Civil Veterinary Department Bengal reports 1933-51 - 1933-1951
Year: 1933
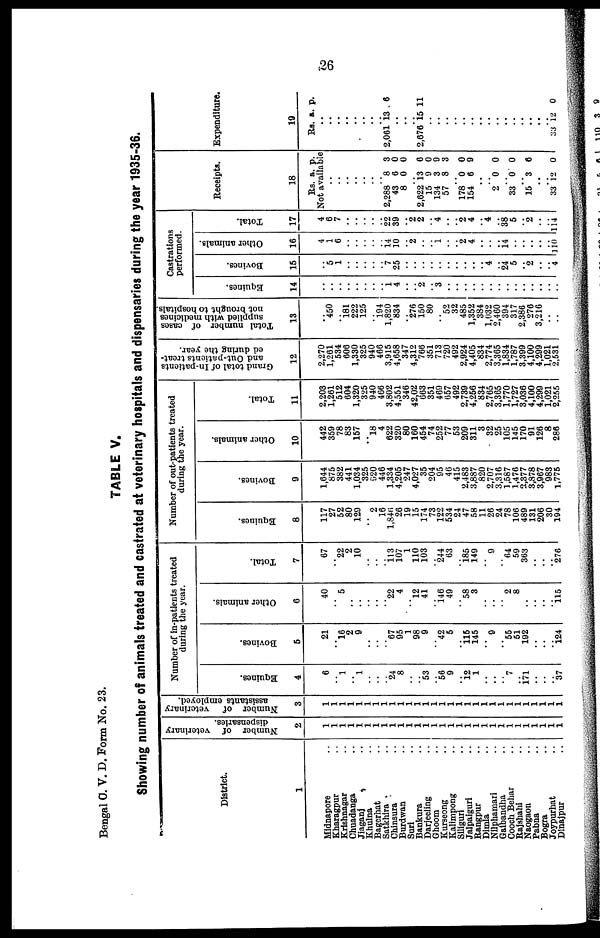
26
Bengal C. V. D. Form No. 23.
TABLE V.
Showing number of animals treated and castrated at veterinary hospitals and dispensaries during the year 1935-36.
District.
1
Midnapore ..
Kharagpur ..
Krishnagar ..
Chuadanga ..
Jiaganj
..
Khulna ..
Bagerhat ..
Satkhira ..
Chinsura ..
Burdwan ..
Suri ..
Bankura ..
Darjeeling ..
Ghoom ..
Kurseong ..
Kalimpong ..
Siliguri ..
Jalpaiguri ..
Rangpur ..
Dimla ..
Nilphamari ..
Gaibandha ..
Cooch Behar ..
Rajshahi ..
Naogaon ..
Pabna ..
Bogra ..
Joypurhat ..
Dinajpur ..
Number of veterinary
dispensaries.
2
1
1
1
1
1
1
1
1
1
1
1
1
1
1
1
1
1
1
1
1
1
1
1
1
1
1
1
1
1
Number of veterinary
assistants employed.
3
1
1
1
1
1
1
1
1
1
1
1
1
1
1
1
1
1
1
1
1
1
1
1
1
1
1
1
1
1
Number of in-patients treated
during the year.
Equines.
4
6
.. 1
.. 1
..
..
.. 24
8
..
.. 53
.. 56
9
.. 12 1
..
..
.. 7
.. 171
.. ..
..
37
Bovines.
5
21
.. 16
2
9
..
..
.. 67
95
1
98
9
.. 42
5
.. 115 145
..
9
.. 55
51
192
..
..
.. 124
Other animals.
6
40
..
5
..
..
..
..
.. 22
4
.. 12
41
.. 146
49
.. 58
3
..
..
..
2
8
..
..
..
.. 115
Total.
7
67
.. 22
2
10
..
..
.. 113
107
1
110
103
.. 244
63
.. 185
149
..
9
.. 64
59
363
..
..
.. 276
Number of out-patients treated
during the year.
Equines.
8
117
27
52
80
129
..
2
16
1,846
26
19
15
174
73
122
534
24
47
58
11
26
24
78
106
489
131
206
30
194
Bovines.
9
1,644
875
382
441
1,034
325
820
446
1,334
4,205
247
4,027
35
204
95
46
415
2,483
3,887
820
2,707
3,316
1,587
1,476
2,377
3,878
3,967
983
1,775
Other animals.
10
442
359
78
83
157
.. 18
4
622
320
80
160
454
74
252
77
53
209
311
3
32
25
105
145
170
91
126
8
286
Total.
11
2,203
1,261
512
604
1,320
325
940
466
3,802
4,551
346
42,02
663
351
469
657
492
2,739
4,256
834
2,765
3,365
1,770
1,727
3,036
4,100
4,299
1,021
2,255
Grand total of In-patients
and Out-patients treat-
ed during the year.
12
2,270
1,261
534
606
1,330
325
940
466
3,915
4,658
347
4,312
766
351
713
720
492
2,924
4,405
834
2,774
3,365
1,834
1,787
3,399
4,100
4,299
1,021
2,531
Total number of cases
supplied with medicines
not brought to hospitals.
13
.. 450
.. 181 222
125
.. 194
1,820
834
.. 276
150
80
.. 52
32
485
1,352
384
1,032
2,460
394
317
2,386
276
3,216
..
..
Castrations
performed.
Equines.
14
..
..
..
..
..
..
..
.. 1
4
..
2
.. 3
..
..
..
..
..
..
..
..
..
..
..
..
..
..
Bovines.
15
.. 5
1
..
..
..
..
.. 7
25
..
..
..
..
..
..
..
..
..
.. 4
.. 24
5
.. 2
..
.. 4
Other animals.
16
4
1
6
..
..
..
..
.. 14
10
.. 2
..
.. 1
..
.. 2
4
..
..
.. 14
..
..
..
..
..
110
Total.
17
4
6
7
..
..
..
..
.. 22
39
.. 2
2
.. 4
..
.. 2
4
.. 4
.. 38
5
.. 2
..
.. 114
Receipts.
18
Rs. a. p.
Not available
..
..
..
..
..
..
.. 2,288 8 3
43 6 0
8 0 0
.. 2,622 13 6
15 9 0
134 3 9
57 8 3
.. 178 0 0
154 6 9
..
.. 2 0 0
.. 33 0 0
.. 15 3 6
..
.. 33 12 0
Expenditure.
19
Rs. a. p.
..
..
..
..
..
..
..
.. 2,061 13 6
..
..
.. 2,676 15 11
..
..
..
..
..
..
..
..
..
..
..
..
..
..
.. 33 12 0